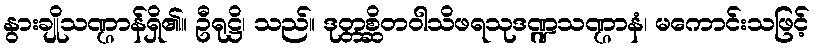
နွားချိုသဏ္ဌာန်ရှိ၏။ ဦရုဋ္ဌိ၊ သည်။ ဒုတ္တစ္ဆိတဝါသိဖရသုဒဏ္ဍသဏ္ဌာနံ၊ မကောင်းသဖြင့်